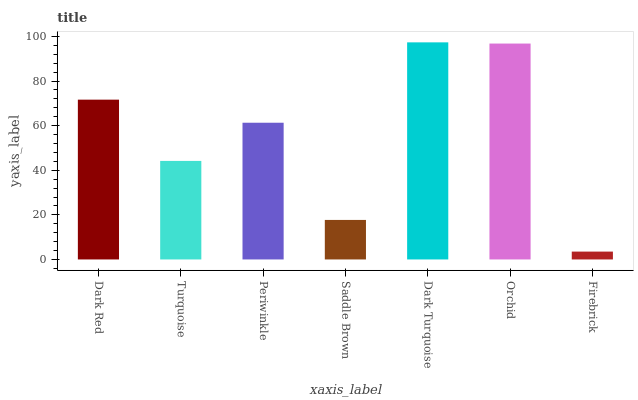
| xaxis_label | bars |
 | --- | --- |
 | Dark Red | 71.7 |
 | Turquoise | 44.2 |
 | Periwinkle | 61.3 |
 | Saddle Brown | 17.7 |
 | Dark Turquoise | 97.4 |
 | Orchid | 96.8 |
 | Firebrick | 3.53 |